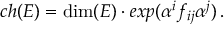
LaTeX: c h ( E ) = \mathrm { d i m } ( E ) \cdot e x p ( \alpha ^ { i } f _ { i j } \alpha ^ { j } ) \, .